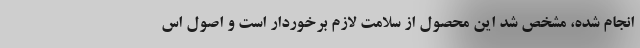
انجام شده، مشخص شد این محصول از سلامت لازم برخوردار است و اصول اس